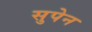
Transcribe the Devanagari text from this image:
सुपेन